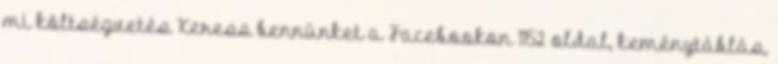
mi költségvetés Keress bennünket a Facebookon 1152 oldal, keménytáblás,